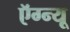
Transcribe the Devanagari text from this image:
ऍग्न्यू